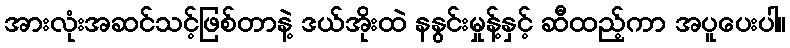
အားလုံးအဆင်သင့်ဖြစ်တာနဲ့ ဒယ်အိုးထဲ နနွင်းမှုန့်နှင့် ဆီထည့်ကာ အပူပေးပါ။